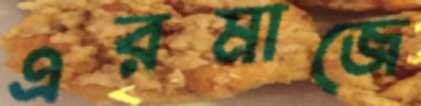
এরমাজে